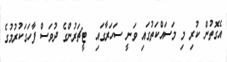
އެގޮތުން ކުރި މި މަސައްކަތުގައި ވަނީ ސަހަރާގައި  ޓީޗަރުންގެ ދުވަސް ފާހަގަކުރުމުގެ